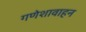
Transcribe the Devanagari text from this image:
गणेशावाहन